Annual report of the Madras Medical College
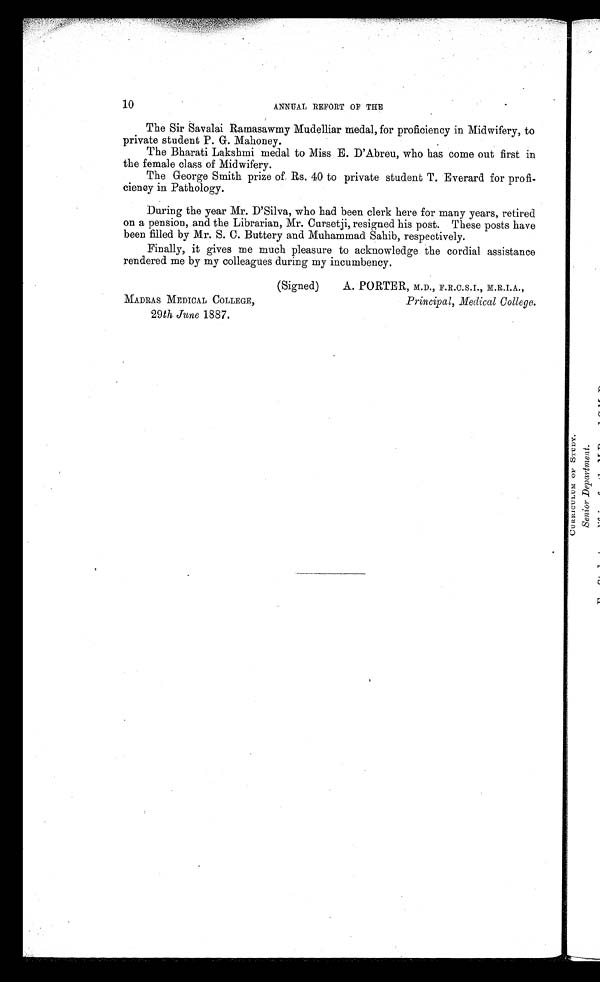
MADRAS MEDICAL COLLEGE,
Principal, Medical College.
29 th June 1887.
10
ANNUAL REFORT OF THE
The Sir Savalai Ramasawmy Mudelliar medal, for proficiency in Midwifery, to
private student P. G. Mahoney.
The Bharati Lakshmi medal to Miss E. D'Abreu, who has come out first in
the female class of Midwifery.
The George Smith prize of Rs. 40 to private student T. Everard for profi-
ciency in Pathology.
During the year Mr. D'Silva, who had been clerk here for many years, retired
on a pension, and the Librarian, Mr. Cursetji, resigned his post. These posts have
been filled by Mr. S. C. Buttery and Muhammad Sahib, respectively.
Finally, it gives me much pleasure to acknowledge the cordial assistance
rendered me by my colleagues during my incumbency.
(Signed) A. PORTER, M.D., F.R.C.S.I., M.R.I.A.,